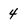
Character: 4